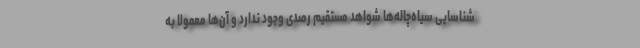
شناسایی سیاه‌چاله‌ها شواهد مستقیم رصدی وجود ندارد و آن‌ها معمولا به